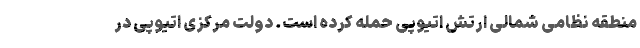
منطقه نظامی شمالی ارتش اتیوپی حمله کرده است. دولت مرکزی اتیوپی در